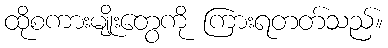
ထိုစကားမျိုးတွေကို ကြားရတတ်သည်။